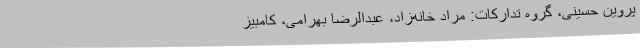
پروین حسینی، گروه تدارکات: مراد خانه‌زاد، عبدالرضا بهرامی، کامبیز